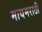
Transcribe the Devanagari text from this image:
मायमराठी